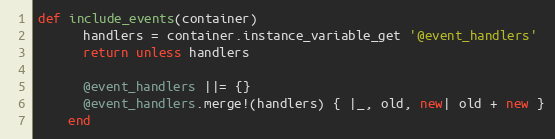
Language: Ruby
def include_events(container)
      handlers = container.instance_variable_get '@event_handlers'
      return unless handlers

      @event_handlers ||= {}
      @event_handlers.merge!(handlers) { |_, old, new| old + new }
    end